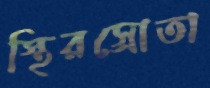
স্থিরস্রোতা